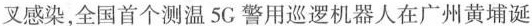
叉感染，全国首个测温5G警用巡逻机器人在广州黄埔诞